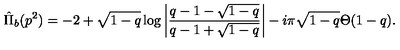
\hat { \Pi } _ { b } ( p ^ { 2 } ) = - 2 + \sqrt { 1 - q } \log \left| \frac { q - 1 - \sqrt { 1 - q } } { q - 1 + \sqrt { 1 - q } } \right| - i \pi \sqrt { 1 - q } \Theta ( 1 - q ) .